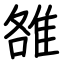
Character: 雒